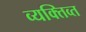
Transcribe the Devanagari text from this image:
व्यक्तिव्त